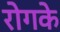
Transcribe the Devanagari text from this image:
रोगके